Annual administration and progress report of the Indian Medical Department, Bombay
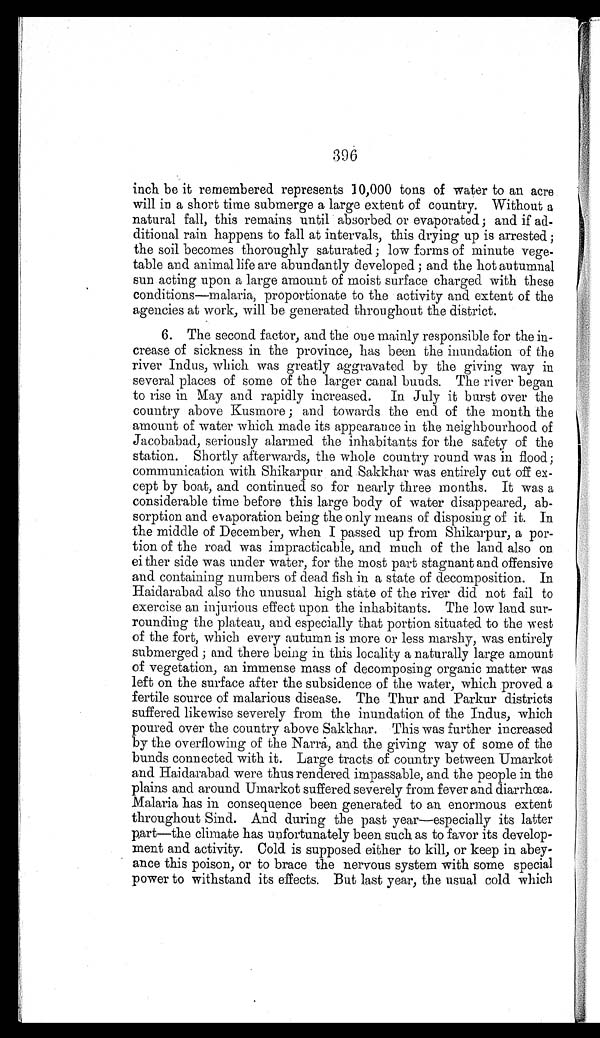
396
inch be it remembered represents 10,000 tons of water to an acre
will in a short time submerge a large extent of country. Without a
natural fall, this remains until absorbed or evaporated; and if ad
-
ditional rain happens to fall at intervals, this drying up is arrested;
the soil becomes thoroughly saturated; low forms of minute vege
-
table and animal life are abundantly developed; and the hot autumnal
sun acting upon a large amount of moist surface charged with these
conditions—malaria, proportionate to the activity and extent of the
agencies at work, will be generated throughout the district.
6. The second factor, and the one mainly responsible for the in
-
crease of sickness in the province, has been the inundation of the
river Indus, which was greatly aggravated by the giving way in
several places of some of the larger canal bunds. The river began
to rise in May and rapidly increased. In July it burst over the
country above Kusmore; and towards the end of the month the
amount of water which made its appearance in the neighbourhood of
Jacobabad, seriously alarmed the inhabitants for the safety of the
station. Shortly afterwards, the whole country round was in flood;
communication with Shikarpur and Sakkhar was entirely cut off ex
-
cept by boat, and continued so for nearly three months. It was a
considerable time before this large body of water disappeared, ab
-
sorption and evaporation being the only means of disposing of it. In
the middle of December, when I passed up from Shikarpur, a por
-
tion of the road was impracticable, and much of the land also on
either side was under water, for the most part stagnant and offensive
and containing numbers of dead fish in a state of decomposition. In
Haidarabad also the unusual high state of the river did not fail to
exercise an injurious effect upon the inhabitants. The low laud sur
-
rounding the plateau, and especially that portion situated to the west
of the fort, which every autumn is more or less marshy, was entirely
submerged; and there being in this locality a naturally large amount
of vegetation, an immense mass of decomposing organic matter was
left on the surface after the subsidence of the water, which proved a
fertile source of malarious disease. The Thur and Parkur districts
suffered likewise severely from the inundation of the Indus, which
poured over the country above Sakkhar. This was further increased
by the overflowing of the Narra, and the giving way of some of the
bunds connected with it. Large tracts of country between Umarkot
and Haidarabad were thus rendered impassable, and the people in the
plains and around Umarkot suffered severely from fever and diarrhœa.
Malaria has in consequence been generated to an enormous extent
throughout Sind. And during the past year—especially its latter
part—the climate has unfortunately been such as to favor its develop
-
ment and activity. Cold is supposed either to kill, or keep in abey
-
ance this poison, or to brace the nervous system with some special
power to withstand its effects. But last year, the usual cold which